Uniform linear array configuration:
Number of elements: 24
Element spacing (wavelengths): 0.75
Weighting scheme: hamming
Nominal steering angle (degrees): -60
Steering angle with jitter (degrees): -60.877
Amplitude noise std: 0.05
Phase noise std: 0.05

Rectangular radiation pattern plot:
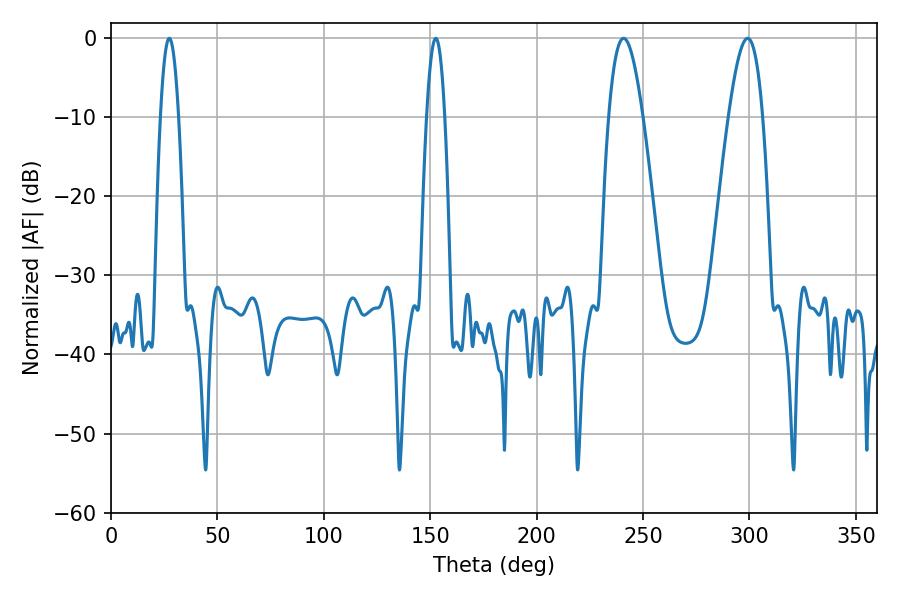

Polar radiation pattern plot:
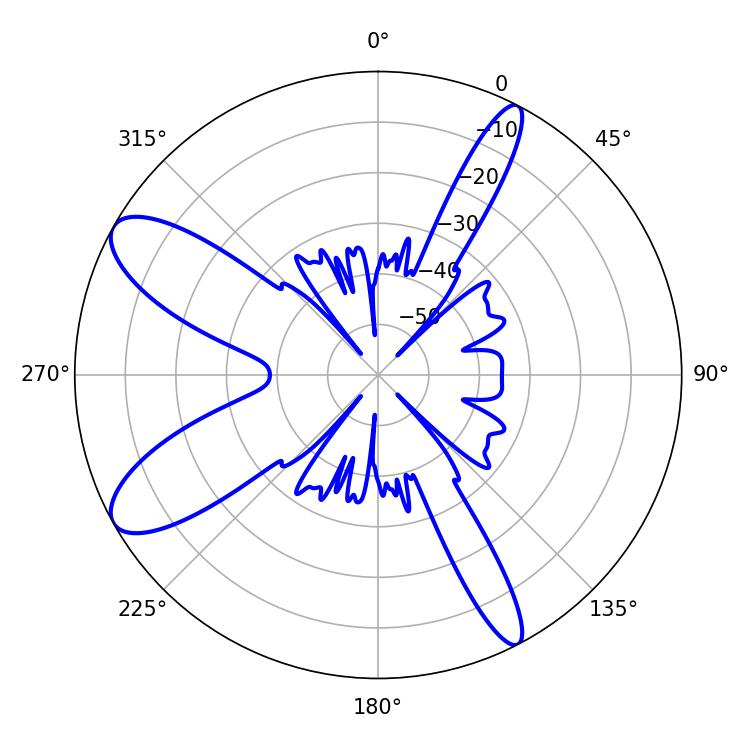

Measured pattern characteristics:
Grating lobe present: TRUE
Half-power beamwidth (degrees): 8.64
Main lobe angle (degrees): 240.84